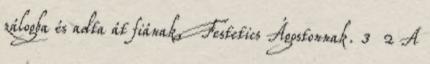
zálogba és adta át fiának, Festetics Ágostonnak. 3 2 A